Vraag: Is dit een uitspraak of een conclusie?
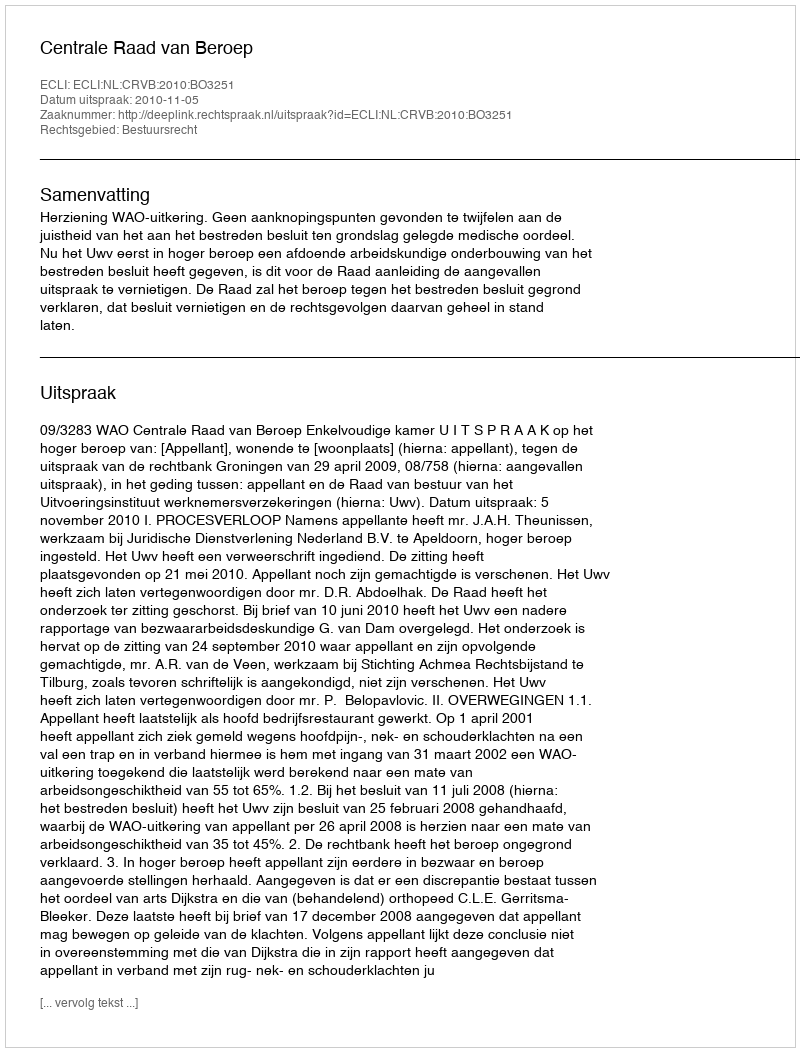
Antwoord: Uitspraak